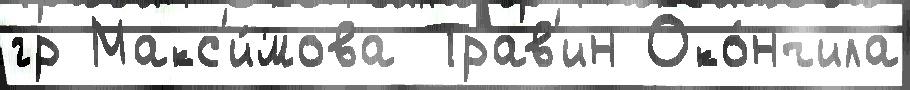
гр Макс'и́мова Трав'ин Око́нчила